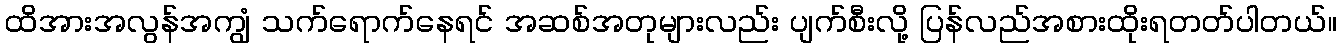
ထိအားအလွန်အကျွံ သက်ရောက်နေရင် အဆစ်အတုများလည်း ပျက်စီးလို့ ပြန်လည်အစားထိုးရတတ်ပါတယ်။